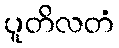
ပူတိလတံ